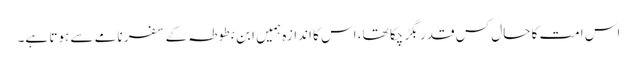
اس امت کا حال کس قدر بگڑ چکا تھا، اس کا اندازہ ہمیں ابن بطوطہ کے سفر نامے سے ہوتا ہے۔